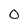
Character: 0